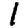
Digit: 1